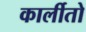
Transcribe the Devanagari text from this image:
कार्लीतो